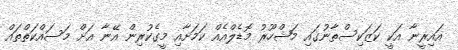
އައިރީނާ އަކީ ކަޒަކިސްތާނުގައި މަޝްހޫރު މޮޑެލްއެއް ކަމަށާއި މީގެކުރިން އޭނާ އަށް މަސައްކަތްތައް